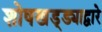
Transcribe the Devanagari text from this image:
शोषखड्ड्याद्वारे